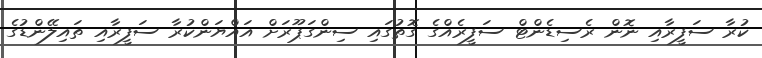
ކުރާ ސަފީރާއި ނޮން ރެސިޑެންޓް ސަފީރެއްގެ ގޮތުގައި ސިންގަޕޫރަށް އައްޔަންކުރާ ސަފީރާއި ތައިލޭންޑުގެ